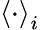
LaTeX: \left<\cdot\right>_{i}